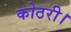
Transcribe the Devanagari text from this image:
कोठरी।